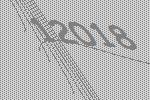
12018